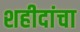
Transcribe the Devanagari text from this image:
शहीदांचा